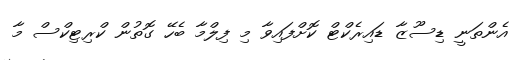
އެންތަނީ ޑިސޫޒާ ޑައިރެކްޓް ކޮށްފައިވާ މި ފިލްމާ ބެހޭ ގޮތުން ކްރިޓިކްސް މާ